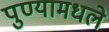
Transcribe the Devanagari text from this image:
पुण्यामधले